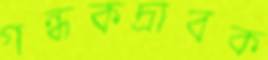
গন্ধকদ্রাবক